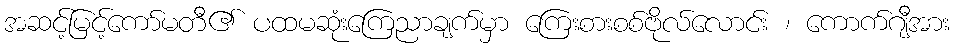
အဆင့်မြင့်ကော်မတီ၏ ပထမဆုံးကြေညာချက်မှာ ကြေးစားစစ်ဗိုလ်လောင်း ၊ ကောက်ဂျီအား